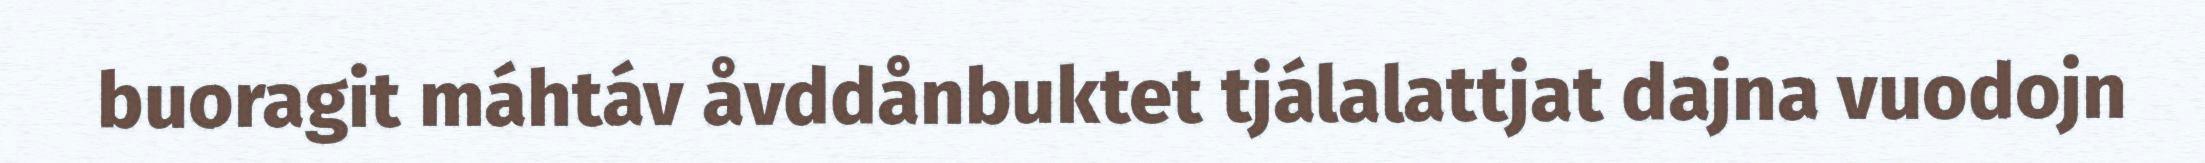
buoragit máhtáv åvddånbuktet tjálalattjat dajna vuodojn